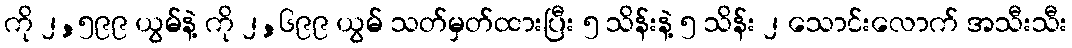
ကို ၂,၅၉၉ ယွမ်နဲ့ ကို ၂,၆၉၉ ယွမ် သတ်မှတ်ထားပြီး ၅ သိန်းနဲ့ ၅ သိန်း ၂ သောင်းလောက် အသီးသီး